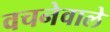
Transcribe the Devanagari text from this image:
वचनेवाले